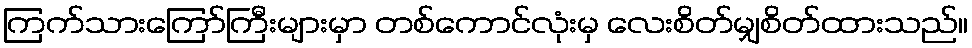
ကြက်သားကြော်ကြီးများမှာ တစ်ကောင်လုံးမှ လေးစိတ်မျှစိတ်ထားသည်။